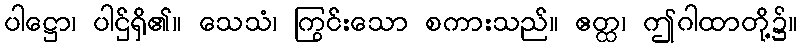
ပါဋ္ဌော၊ ပါဌ်ရှိ၏။ သေသံ၊ ကြွင်းသော စကားသည်။ ဧတ္ထ၊ ဤဂါထာတို့၌။